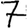
Digit: 7